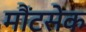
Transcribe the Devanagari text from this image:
मौंटसेक